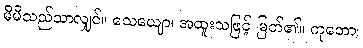
မိမိသည်သာလျှင်။ သေယျော၊ အထူးသဖြင့် မြတ်၏။ ကုတော၊